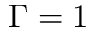
\Gamma = 1